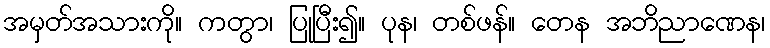
အမှတ်အသားကို။ ကတွာ၊ ပြုပြီး၍။ ပုန၊ တစ်ဖန်။ တေန အဘိညာဏေန၊